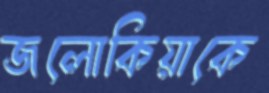
জলোকিয়াকে